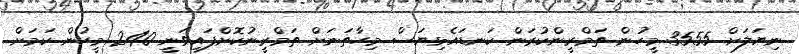
ނިޔަލަށް 3555 މީހުން ތަމްރީންކުރަން ކަނޑައެޅިޔަސް މިހާތަނަށް ތަމްރީނުކޮށްފައިވަނީ 240 މީހުން ކަމަށް